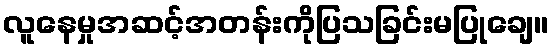
လူနေမှုအဆင့်အတန်းကိုပြသခြင်းမပြုချေ။